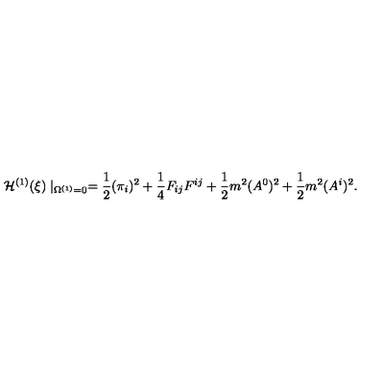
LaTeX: { \cal H } ^ { ( 1 ) } ( \xi ) \mid _ { \Omega ^ { ( 1 ) } = 0 } = \frac { 1 } { 2 } ( \pi _ { i } ) ^ { 2 } + \frac { 1 } { 4 } F _ { i j } F ^ { i j } + \frac { 1 } { 2 } m ^ { 2 } ( A ^ { 0 } ) ^ { 2 } + \frac { 1 } { 2 } m ^ { 2 } ( A ^ { i } ) ^ { 2 } .